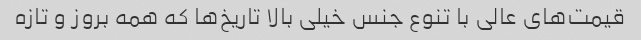
قیمت‌های عالی با تنوع جنس خیلی بالا تاریخ‌ها که همه بروز و تازه